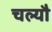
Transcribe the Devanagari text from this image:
चल्यौ